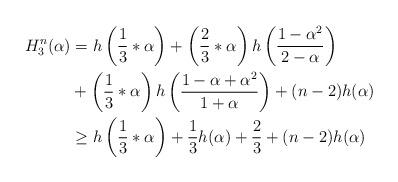
LaTeX: \begin{align*}H_3^n(\alpha)&=h\left(\frac{1}{3}*\alpha\right)+\left(\frac{2}{3}*\alpha\right)h\left(\frac{1-\alpha^2}{2-\alpha}\right)\\&+\left(\frac{1}{3}*\alpha\right)h\left(\frac{1-\alpha+\alpha^2}{1+\alpha}\right)+(n-2)h(\alpha)\\&\geq h\left(\frac{1}{3}*\alpha\right)+\frac{1}{3}h(\alpha)+\frac{2}{3}+(n-2)h(\alpha)\end{align*}